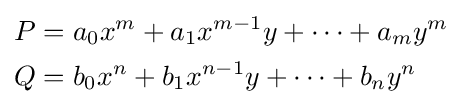
{\begin{aligned}P&=a_{0}x^{m}+a_{1}x^{m-1}y+\cdots +a_{m}y^{m}\\Q&=b_{0}x^{n}+b_{1}x^{n-1}y+\cdots +b_{n}y^{n}\end{aligned}}